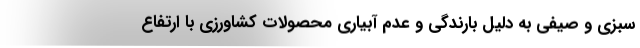
سبزی و صیفی به دلیل بارندگی و عدم آبیاری محصولات کشاورزی با ارتفاع